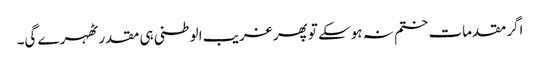
اگر مقدمات ختم نہ ہوسکے تو پھر غریب الوطنی ہی مقدر ٹھہرے گی۔